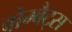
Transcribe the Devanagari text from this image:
वोम्बैट्स